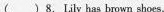
()8.Lily has brown shoes.